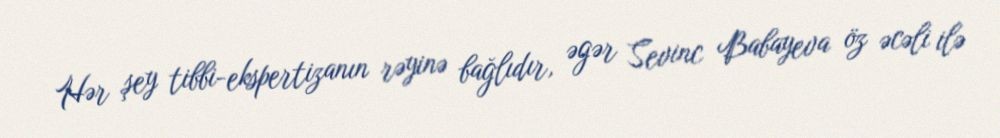
Hər şey tibbi-ekspertizanın rəyinə bağlıdır, əgər Sevinc Babayeva öz əcəli ilə